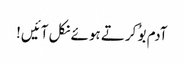
آدم بوُ کرتے ہوئے نکل آئیں!